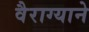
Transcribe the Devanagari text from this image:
वैराग्याने